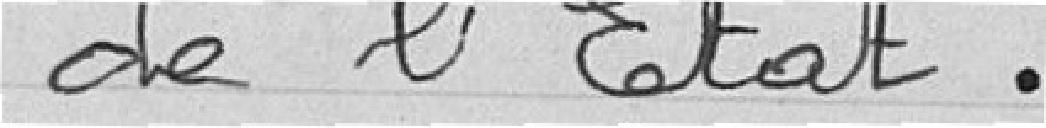
de l'Etat.